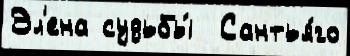
Эл'ена судьбы́  Сантья́го